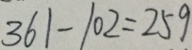
3 6 1 - 1 0 2 = 2 5 9